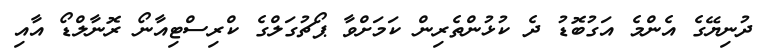
ދުނިޔޭގެ އެންމެ އަގުބޮޑު ދެ ކުޅުންތެރިން ކަމަށްވާ ޕޯޗުގަލްގެ ކްރިސްޓިއާނޯ ރޮނާލްޑޯ އާއި